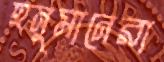
হনুমানেরা